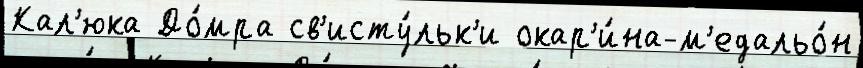
Кал'юка До́мра св'исту́льк'и окар'и́на-м'едальо́н